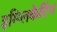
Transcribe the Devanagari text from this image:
इम्प्लिकेटिंग